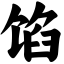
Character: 馅